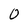
Character: 0